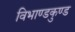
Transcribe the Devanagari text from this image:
विभाण्डकुण्ड